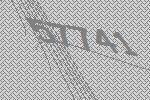
57741